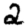
Digit: 2